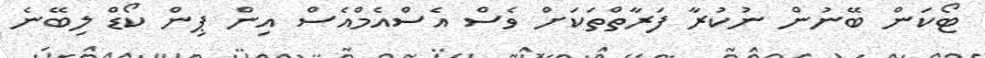
ޓޯކަން ބޭނުން ނުކުރާ ފަރާތްތަކަށް ވެސް އެސްއެމްއެސް އިން ޕިން ކޯޑް ލިބޭނެ